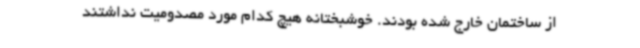
از ساختمان خارج شده بودند. خوشبختانه هیچ کدام مورد مصدومیت نداشتند